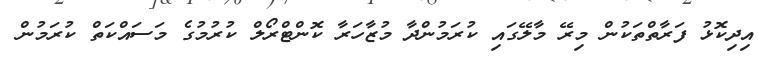
އިދިކޮޅު ފަރާތްތަކުން މިރޭ މާލޭގައި ކުރަމުންދާ މުޒާހަރާ ކޮންޓްރޯލް ކުރުމުގެ މަސައްކަތް ކުރަމުން